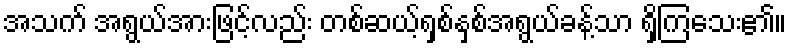
အသက် အရွယ်အားဖြင့်လည်း တစ်ဆယ့်ရှစ်နှစ်အရွယ်ခန့်သာ ရှိကြသေး၏။